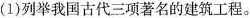
(1)列举我国古代三项著名的建筑工程。